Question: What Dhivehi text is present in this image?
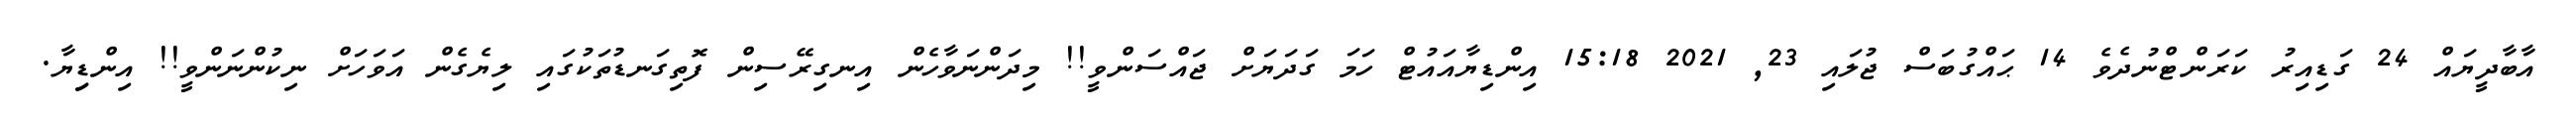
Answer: އާބާދީޔައް 24 ގަޑިއިރު ކަރަންޓްނުދެވެ 14 ޙައްގުބަސް ޖުލައި 23, 2021 15:18 އިންޑިޔާއައުޓް ހަމަ ގަދަޔަށް ޖައްސަންވީ!! މިދަންނަވާހެން އިނގިރޭސިން ފޮތިގަނޑުތަކުގައި ލިޔެގެން އަވަހަށް ނިކުންނަންވީ!! އިންޑިިޔާ.